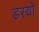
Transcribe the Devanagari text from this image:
डस्यो